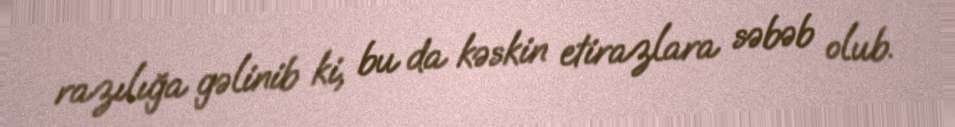
razılığa gəlinib ki, bu da kəskin etirazlara səbəb olub.